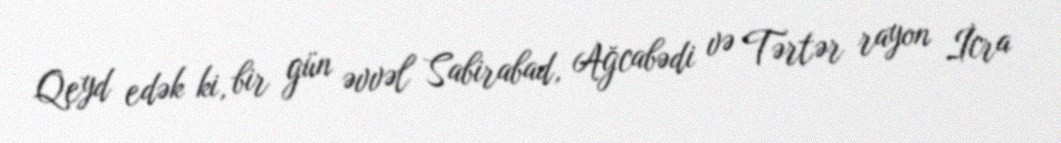
Qeyd edək ki, bir gün əvvəl Sabirabad, Ağcabədi və Tərtər rayon İcra